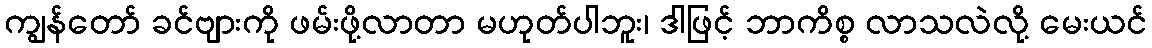
ကျွန်တော် ခင်ဗျားကို ဖမ်းဖို့လာတာ မဟုတ်ပါဘူး၊ ဒါဖြင့် ဘာကိစ္စ လာသလဲလို့ မေးယင်